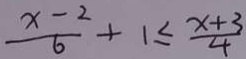
\frac { x - 2 } { 6 } + 1 \leq \frac { x + 3 } { 4 }